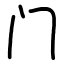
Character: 门